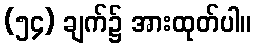
(၅၄) ချက်၌ အားထုတ်ပါ။